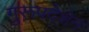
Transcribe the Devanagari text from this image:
गुरूपदेशेन